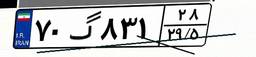
۷۰گ۸۳۱۲۸